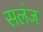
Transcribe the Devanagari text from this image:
सलंज